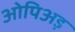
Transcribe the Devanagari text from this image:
ओपिअड़